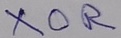
Text: XOR